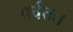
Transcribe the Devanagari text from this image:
पर्वतः।